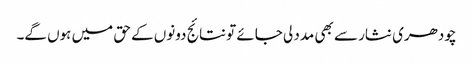
چودھری نثار سے بھی مدد لی جائے تو نتائج دونوں کے حق میں ہوں گے۔